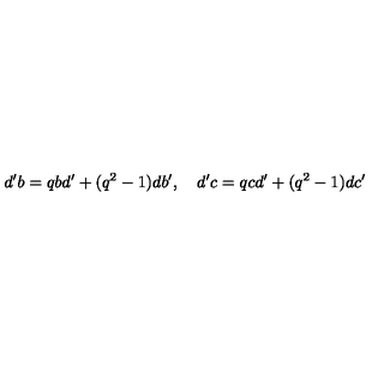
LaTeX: d ^ { \prime } b = q b d ^ { \prime } + ( q ^ { 2 } - 1 ) d b ^ { \prime } , \quad d ^ { \prime } c = q c d ^ { \prime } + ( q ^ { 2 } - 1 ) d c ^ { \prime }